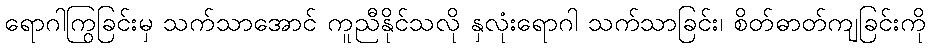
ရောဂါကြွခြင်းမှ သက်သာအောင် ကူညီနိုင်သလို နှလုံးရောဂါ သက်သာခြင်း၊ စိတ်ဓာတ်ကျခြင်းကို